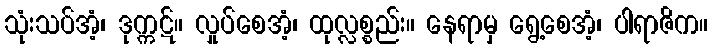
သုံးသပ်အံ့၊ ဒုက္ကဋ်။ လှုပ်စေအံ့၊ ထုလ္လစ္စည်း။ နေရာမှ ရွေ့စေအံ့၊ ပါရာဇိက။